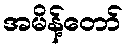
အမိန့်တော်